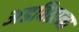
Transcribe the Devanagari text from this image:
अडविताना